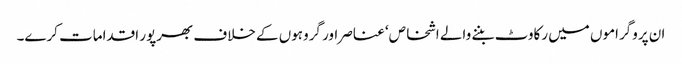
ان پروگراموں میں رکاوٹ بننے والے اشخاص‘ عناصر اور گروہوں کے خلاف بھرپور اقدامات کرے۔